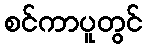
စင်ကာပူတွင်